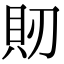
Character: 𧴬